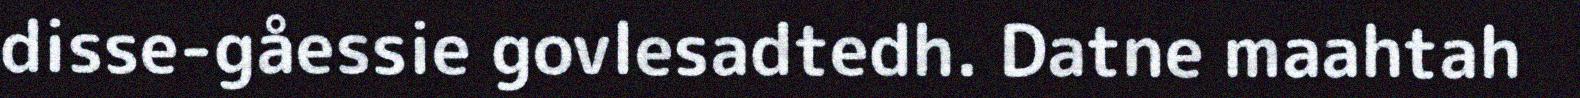
disse-gåessie govlesadtedh. Datne maahtah